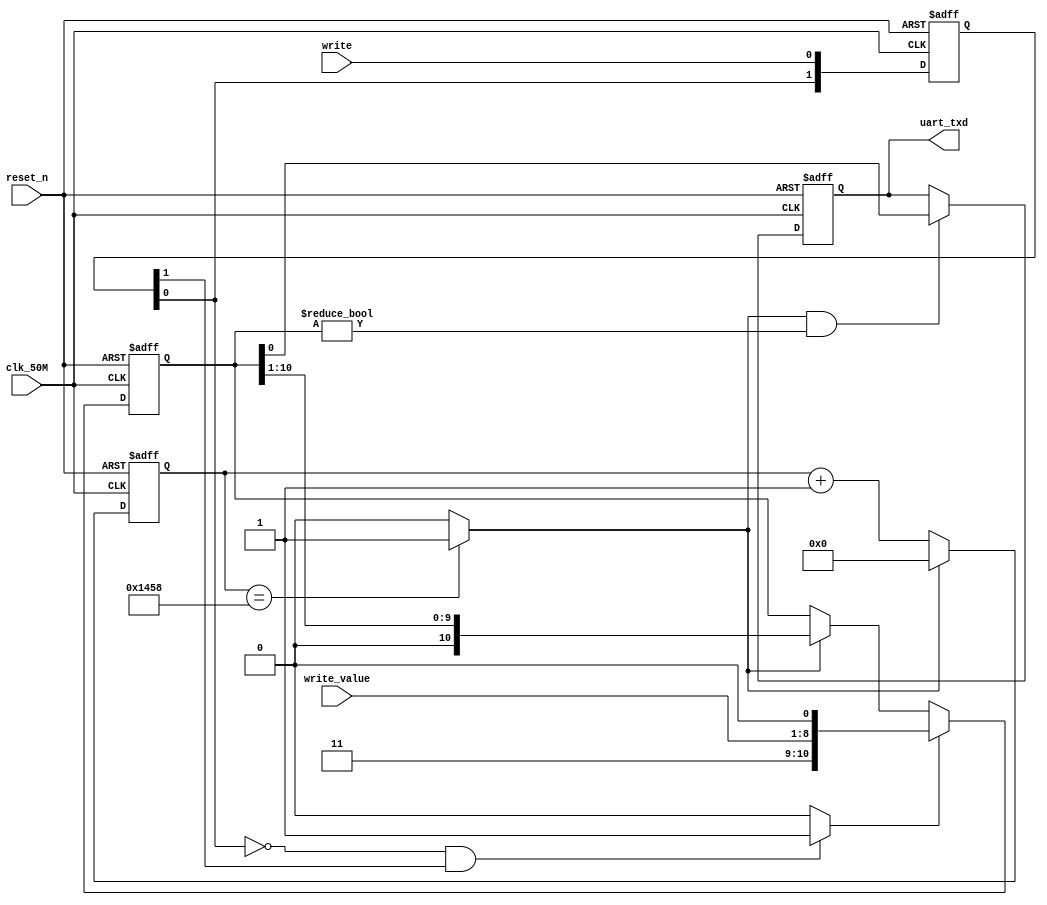

module hw1(
	clk_50M,
    reset_n,
    write,
    write_value,
    uart_txd
 );

input clk_50M, reset_n, write;
input [7:0] write_value;
output reg uart_txd;

reg [1:0] temp;
reg [10:0] value;
reg [31:0] cnt;

wire write_neg_pulse, uart_pulse;
assign write_neg_pulse = (~temp[0] & temp[1]) ? 1'b1 : 1'b0;
assign uart_pulse = (cnt == 5208) ? 1'b1 : 1'b0;

always @(posedge clk_50M or negedge reset_n) begin
	if(~reset_n) begin
		temp[0] <= 1'b0;
		temp[1] <= 1'b0;
	end else begin
		temp[0] <= write;
		temp[1] <= temp[0];
	end
end

always @(posedge clk_50M or negedge reset_n) begin
	if(~reset_n) begin
		cnt <= 0;
	end else
	    cnt <= (uart_pulse) ? 0 : cnt + 1;
end

always @(posedge clk_50M or negedge reset_n) begin
    if(~reset_n) begin
    	value <= 0;
    end else if(write_neg_pulse) begin
    	value <= {2'b11,write_value,1'b0};
    end else if(uart_pulse) begin
    	value <= {1'b0,value[10:1]};
    end
end

always @(posedge clk_50M or negedge reset_n) begin
    if(~reset_n) begin
    	uart_txd <= 1'b1;
    end else if(uart_pulse && value != 11'd0) begin
    	uart_txd <= value[0];
    end
end

endmodule